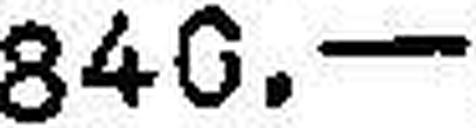
840.—